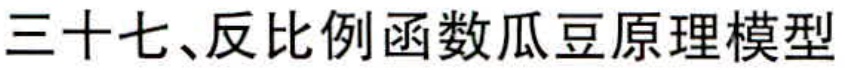
三十七、反比例函数瓜豆原理模型